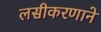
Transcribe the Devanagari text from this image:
लसीकरणाने